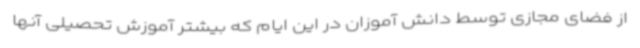
از فضای مجازی توسط دانش آموزان در این ایام که بیشتر آموزش تحصیلی آنها